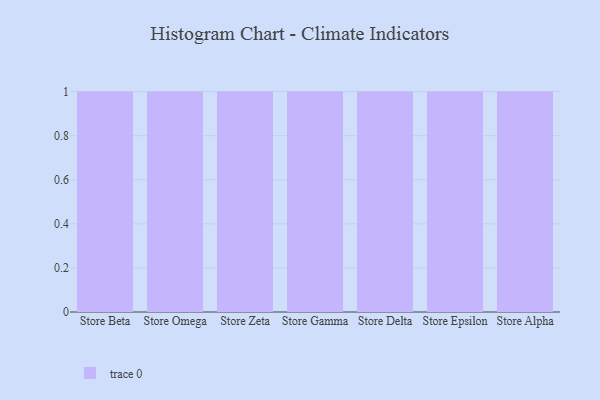
{"axis": {"x": "Store", "y": "Waste Production (Tons)"}, "legend": [""], "data": [{"x": "Store Beta", "y": 19, "type": ""}, {"x": "Store Omega", "y": 77, "type": ""}, {"x": "Store Zeta", "y": 17, "type": ""}, {"x": "Store Gamma", "y": 94, "type": ""}, {"x": "Store Delta", "y": 73, "type": ""}, {"x": "Store Epsilon", "y": 19, "type": ""}, {"x": "Store Alpha", "y": 8, "type": ""}]}